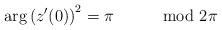
LaTeX: \begin{align*}\arg\left(z'(0)\right)^{2}=\pi\qquad\mod2\pi\end{align*}